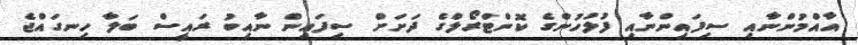
އާއްމުންނާއި ސިފައިންނާއި ފުލުހުންގެ ކޮންޓްރޯލްގެ ދަަށަށް ސިފައިން ނާއިބު ރައީސް ބަލާ ހިނގައްޖެ